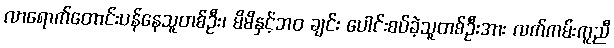
လာရောက်တောင်းပန်နေသူတစ်ဦး၊ မိမိနှင့်ဘဝ ချင်း ပေါင်းစပ်ခဲ့သူတစ်ဦးအား လက်ကမ်းကူညီ